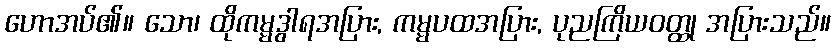
ဟောအပ်၏။ သော၊ ထိုကမ္မဒွါရအပြား, ကမ္မပထအပြား, ပုညကြိယဝတ္ထု အပြားသည်။